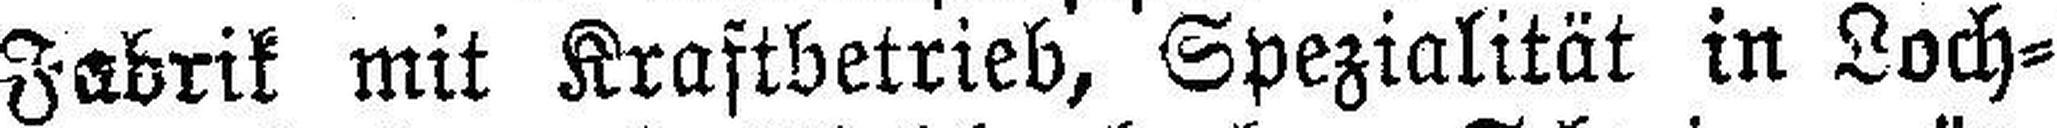
Fabrik mit Kraftbetrieb, Spezialität in Loch¬